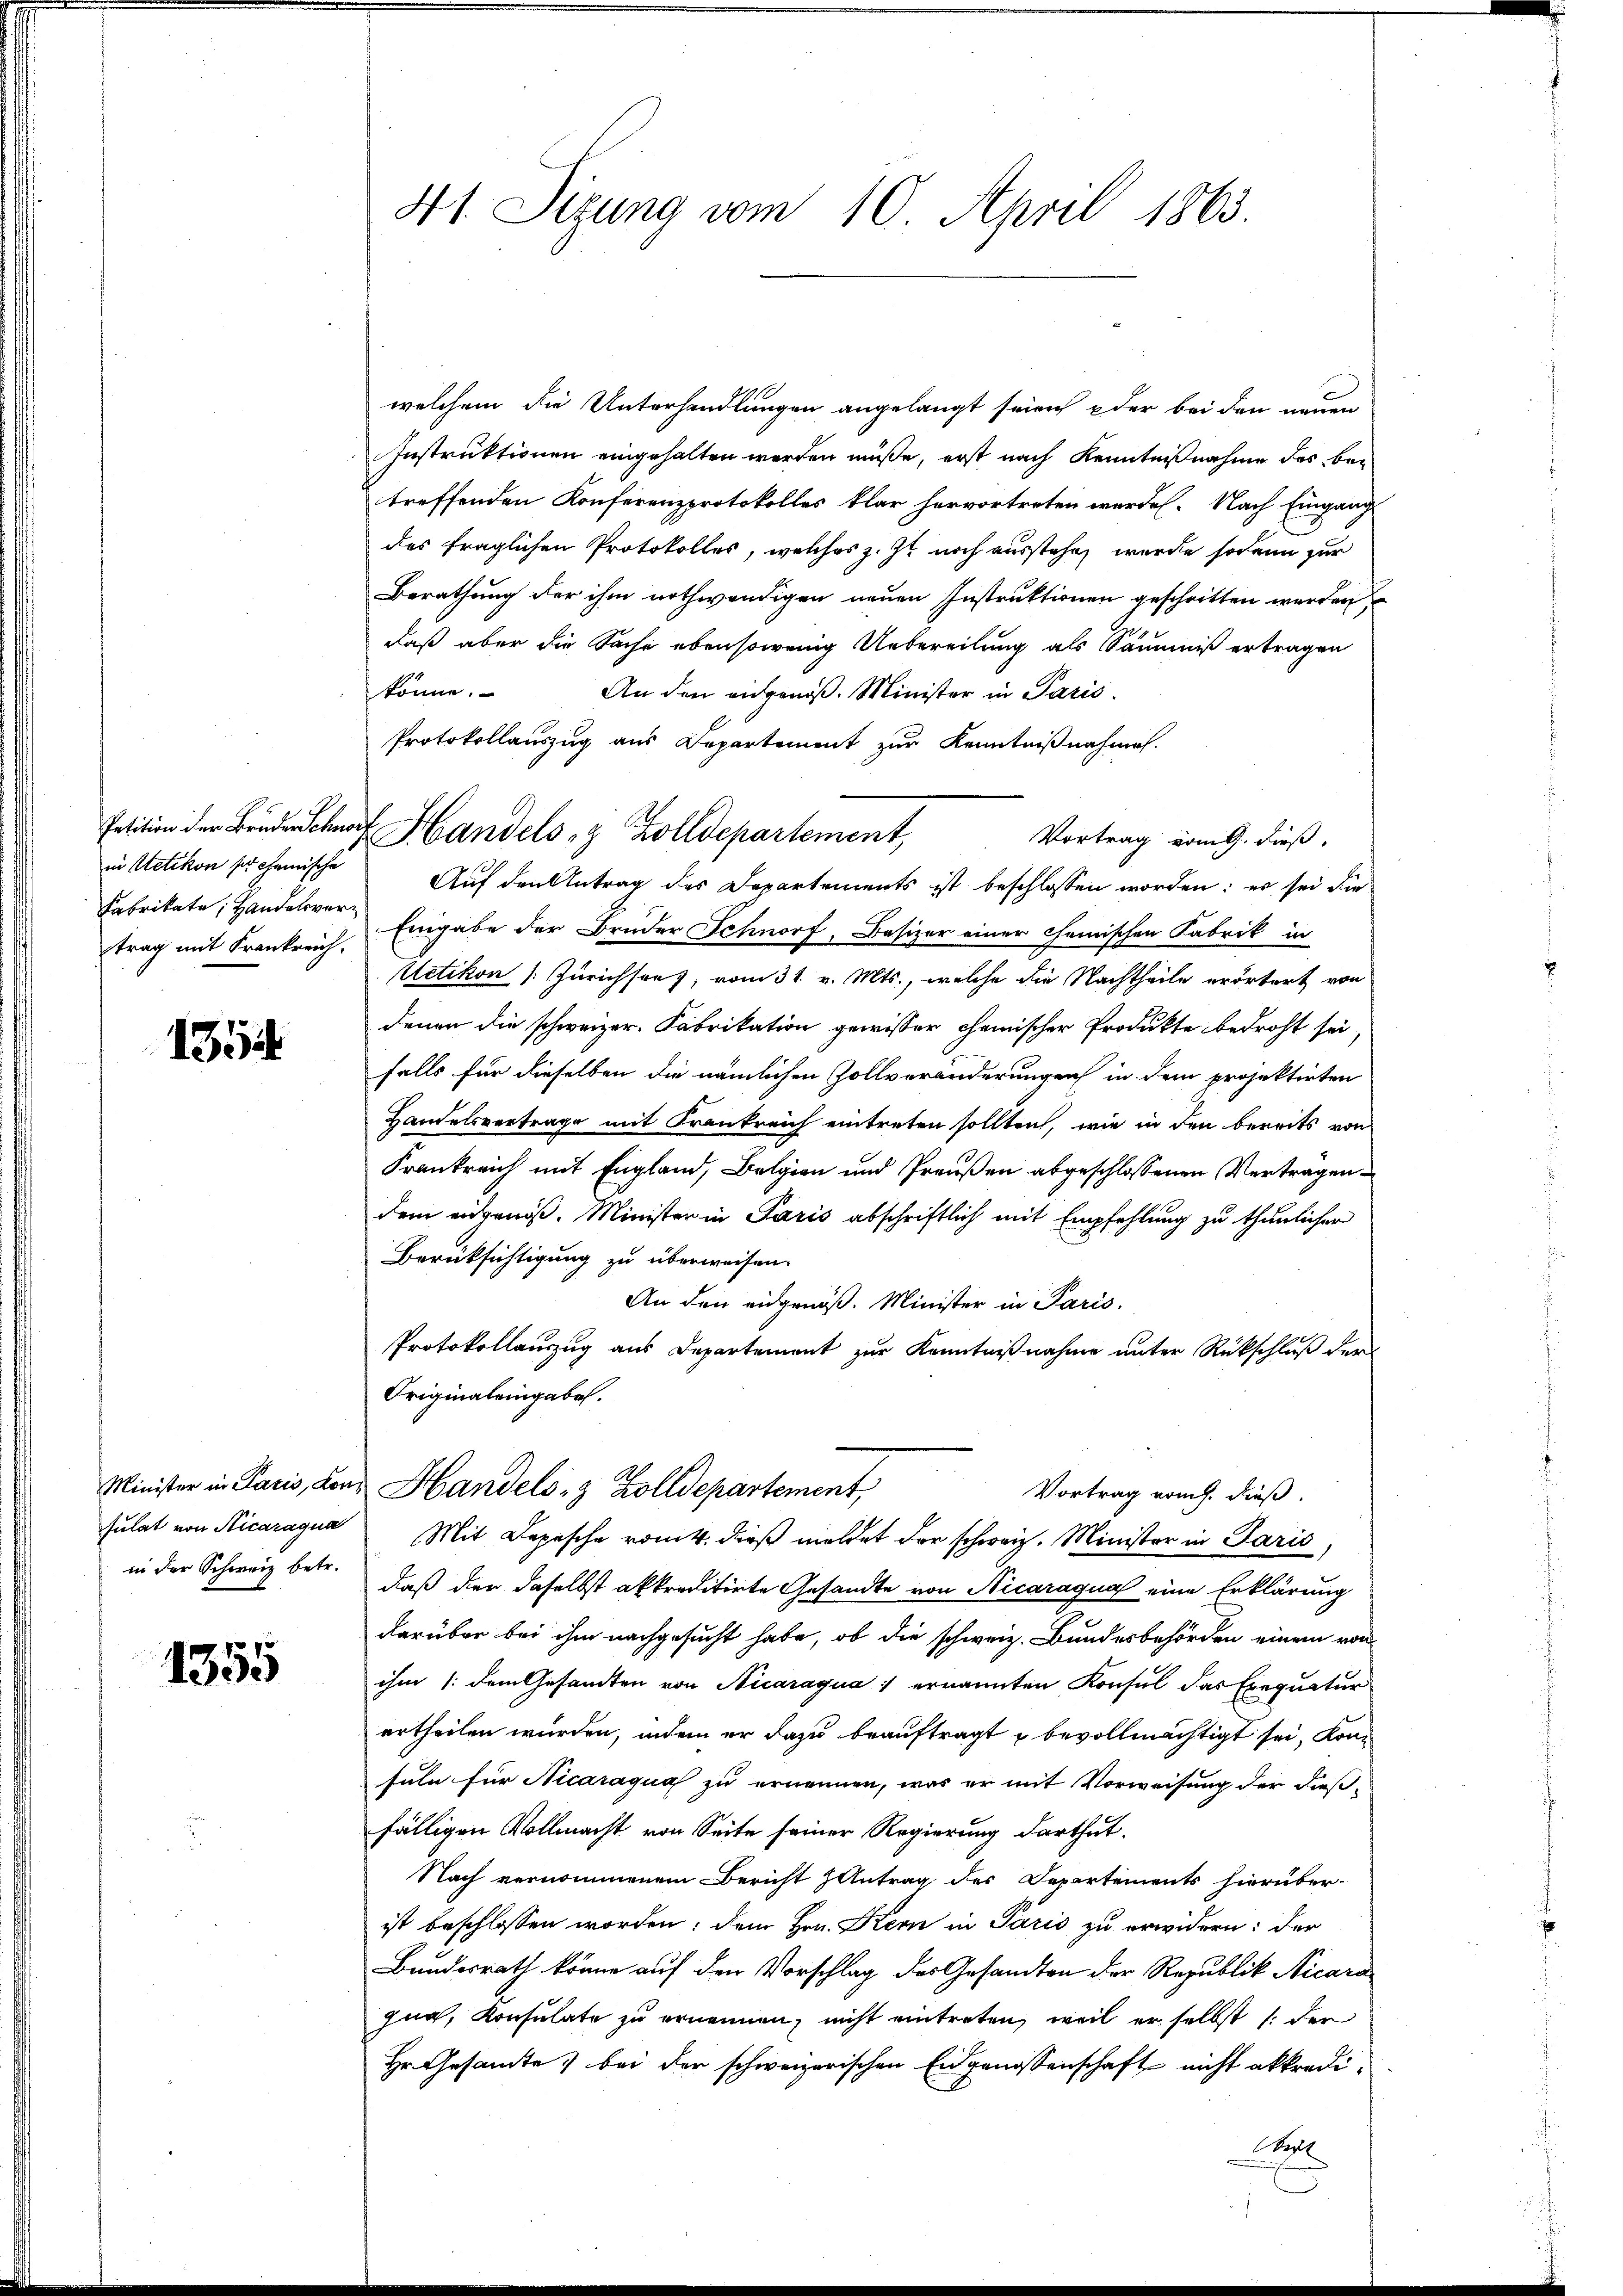
in Uetikon so chemische
trag mit Frankreich.

1354

sulat von Sticaragua
in der Schweiz betr.

1355

41. Sizung vom 10. April 1863.

welchem die Unterhandlungen angelangt seien oder bei den neuen
Instruktionen eingehalten worden müße, erst nach Kenntnißnahme des betreffenden Konferenzprotokolles klar hervortreten werden. Nach Eingang
des fraglichen Protokolles, welches z. Zt. noch ausstehe, wurde sodann zur
Berathung der ihm nothwendigen neuen Instruktionen geschritten werden
daß aber die Sache ebensowenig Uebereilung als Säumniß ertragen
könne.
An den eidgenöß. Minister in Paris.
Protokollauszug aus Departement zur Kenntnißnahmen.
Vortrag vom 9. dieß,
Auf den Antrag des Departements ist beschlossen worden: es sei die
Fabrikate, Handelver Eingabe der Bruder Schnorf, Basizer einer chemischen Fabrik in
Uetikon [Zürichson, vom 31. v. Mts., welche die Nachtheile erörtert von
denen die schweizer. Fabrikation gewisser chamischer Produkte bedroht sei,
falls für dieselben die nämlichen Zollveränderungen in dem projektirten
Handelsvertrage mit Frankreich eintreten sollten, wie in den bereits von
Frankreich mit England, Belgien und Preußen abgeschlossenen Vertragendem eidgenöß. Minister in Paris abschriftlich mit Empfehlung zu thunlicher
Berüksichtigung zu überweisen.
An den eidgenöß. Minister in Paris.
Protokollauszug aus Departement zur Kenntnißnahme unter Rückschluß der
Originaleingabe.
Minister in Paris, Land Handels- & Zolldepartement,
Vortrag vom h. dieß.
Mit Depesche vom 4. dieß meldet der schweiz. Minister in Paris,
daß der daselbst akkreditirte Gesandte von Nicaraqua eine Erklärung
darüber bei ihm nachgesucht habe, ob die schweiz. Bundesbehörden einem von
ihm /: dem Gesandten von Nicaraqua; ernannten Konsul das Exequatur
ertheilen wurden, indem er dazu beauftragt u bevollmächtigt sei, konfüln für Nicaragua zu ernennen, was er mit Vorweisung der dießfälligen Vollmacht von Seite seiner Regierung darthut.
Nach vernommenem Bericht Antrag des Departements hierüber-
ist beschlossen worden; dem Hrn. Kern in Paris zu erwidern: der
Bundesrath könne auf den Vorschlag des Gesandten der Republik Nicara
gua, Konsulate zu ernennen, nicht eintreten, weil er selbst 1. der
Hr. Gesamte bei der schweizerischen Eidgenossenschaft nicht akkredi-
Wal

Petition der Bruden Schnorf Handels- & Zolldepartement,

E